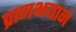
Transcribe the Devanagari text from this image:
प्राणभयानं